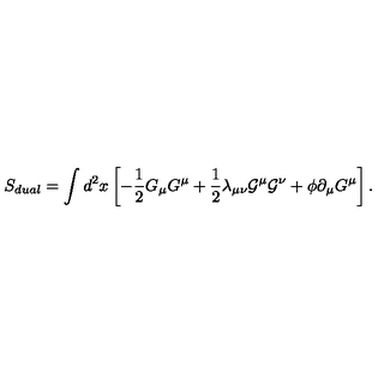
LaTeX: S _ { d u a l } = \int d ^ { 2 } x \left[ - { \frac 1 2 } G _ { \mu } G ^ { \mu } + { \frac 1 2 } { \lambda } _ { { \mu } { \nu } } { \cal G } ^ { \mu } { \cal G } ^ { \nu } + { \phi } { \partial } _ { \mu } G ^ { \mu } \right] .